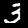
Digit: 3